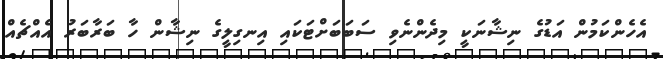
އެހެންކަމުން އަޑުގެ ނިޝާނަކީ މިދެންނެވި ސަބަބަށްޓަކައި އިނގިލީގެ ނިޝާން ހާ ބަރާބަރު އެއްޗެއް